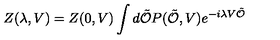
Z ( \lambda , V ) = Z ( 0 , V ) \int d \tilde { \cal O } P ( \tilde { \cal O } , V ) e ^ { - i \lambda V \tilde { \cal O } }